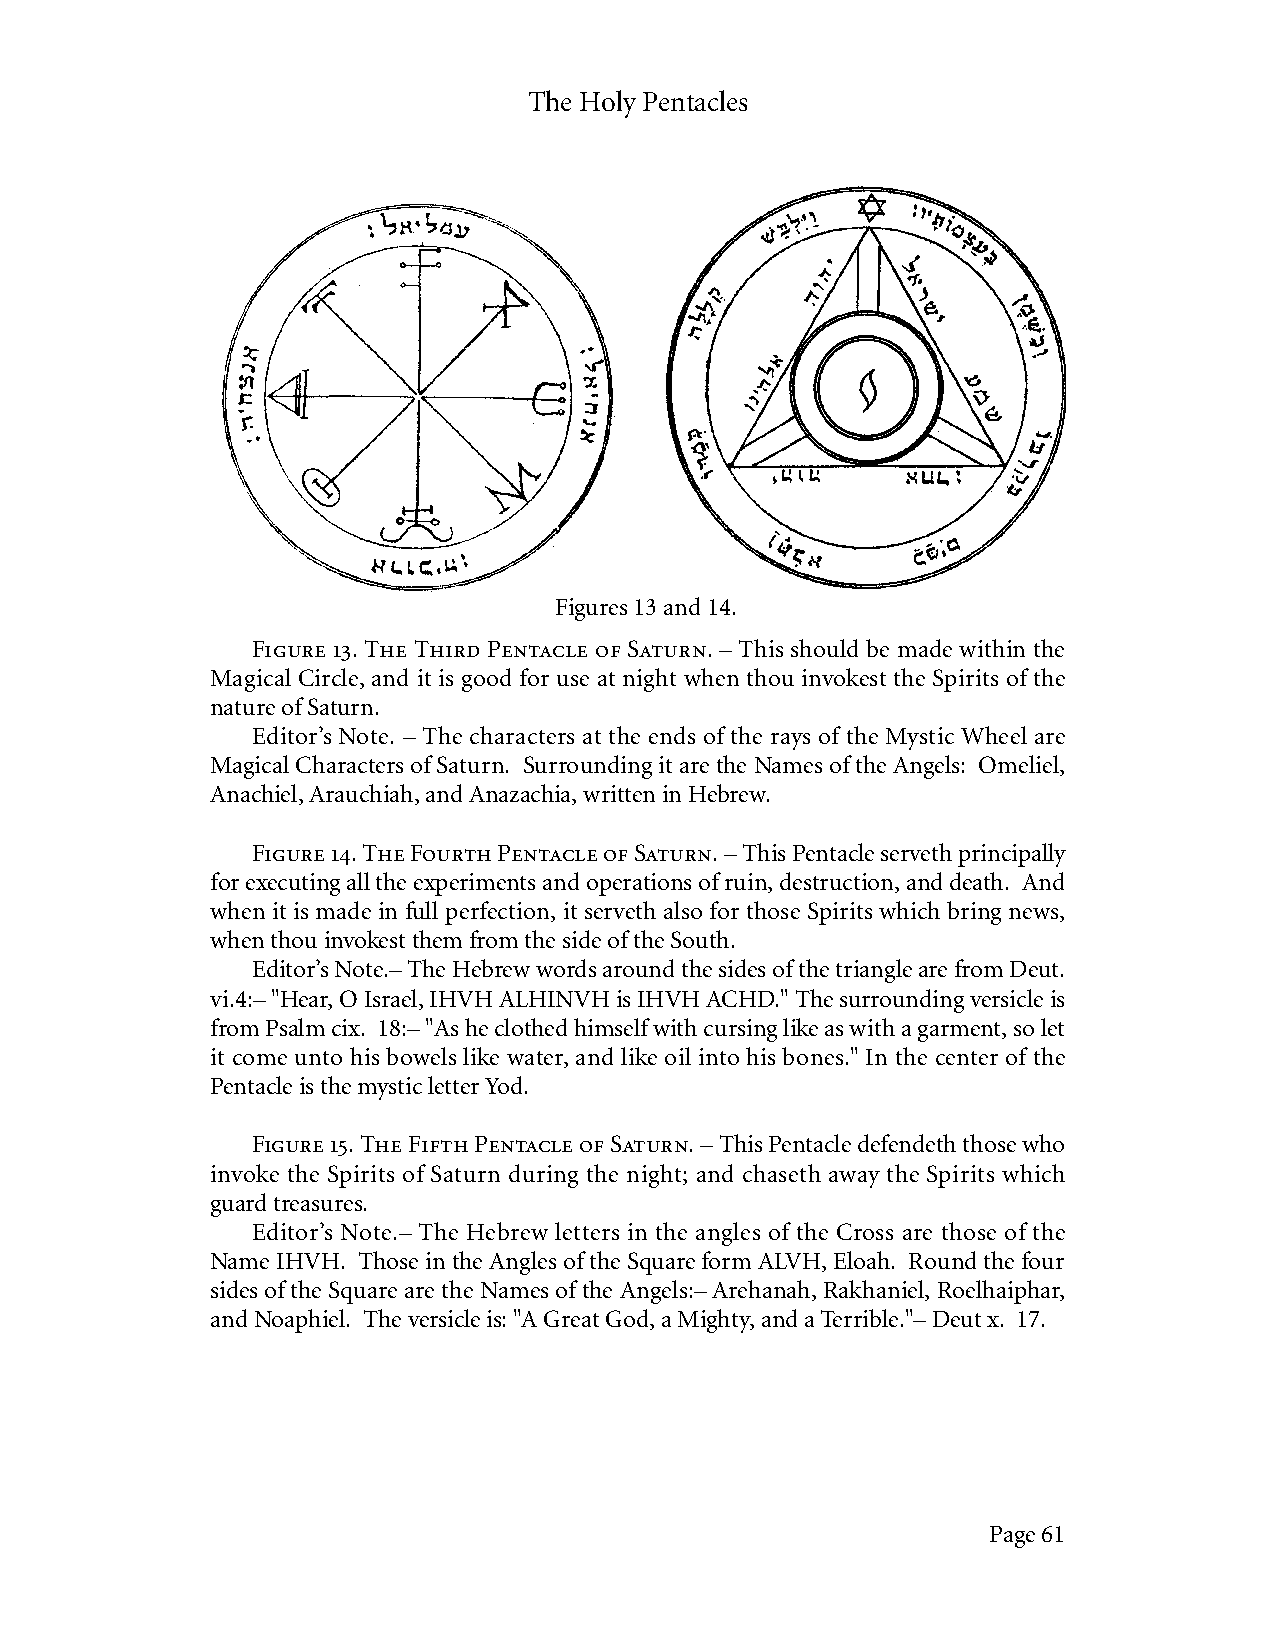
The Holy Pentacles
 Figures 13 and 14.
 Figure 13. The Third Pentacle of Saturn. – This should be made within the
 Magical Circle, and it is good for use at night when thou invokest the Spirits of the
 nature of Saturn.
 Editor’s Note. – The characters at the ends of the rays of the Mystic Wheel are
 Magical Characters of Saturn. Surrounding it are the Names of the Angels: Omeliel,
 Anachiel, Arauchiah, and Anazachia, written in Hebrew.
 Figure 14. The Fourth Pentacle of Saturn. – This Pentacle serveth principally
 for executing all the experiments and operations of ruin, destruction, and death. And
 when it is made in full perfection, it serveth also for those Spirits which bring news,
 when thou invokest them from the side of the South.
 Editor’s Note.– The Hebrew words around the sides of the triangle are from Deut.
 vi.4:– "Hear, O Israel, IHVH ALHINVH is IHVH ACHD." The surrounding versicle is
 from Psalm cix. 18:– "As he clothed himself with cursing like as with a garment, so let
 it come unto his bowels like water, and like oil into his bones." In the center of the
 Pentacle is the mystic letter Yod.
 Figure 15. The Fifth Pentacle of Saturn. – This Pentacle defendeth those who
 invoke the Spirits of Saturn during the night; and chaseth away the Spirits which
 guard treasures.
 Editor’s Note.– The Hebrew letters in the angles of the Cross are those of the
 Name IHVH. Those in the Angles of the Square form ALVH, Eloah. Round the four
 sides of the Square are the Names of the Angels:– Arehanah, Rakhaniel, Roelhaiphar,
 and Noaphiel. The versicle is: "A Great God, a Mighty, and a Terrible."– Deut x. 17.
 Page 61